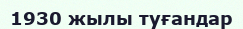
1930 жылы туғандар